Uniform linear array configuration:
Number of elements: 4
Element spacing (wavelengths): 0.25
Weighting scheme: hamming
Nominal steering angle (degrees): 0
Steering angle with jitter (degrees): -1.071
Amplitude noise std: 0.05
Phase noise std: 0.05

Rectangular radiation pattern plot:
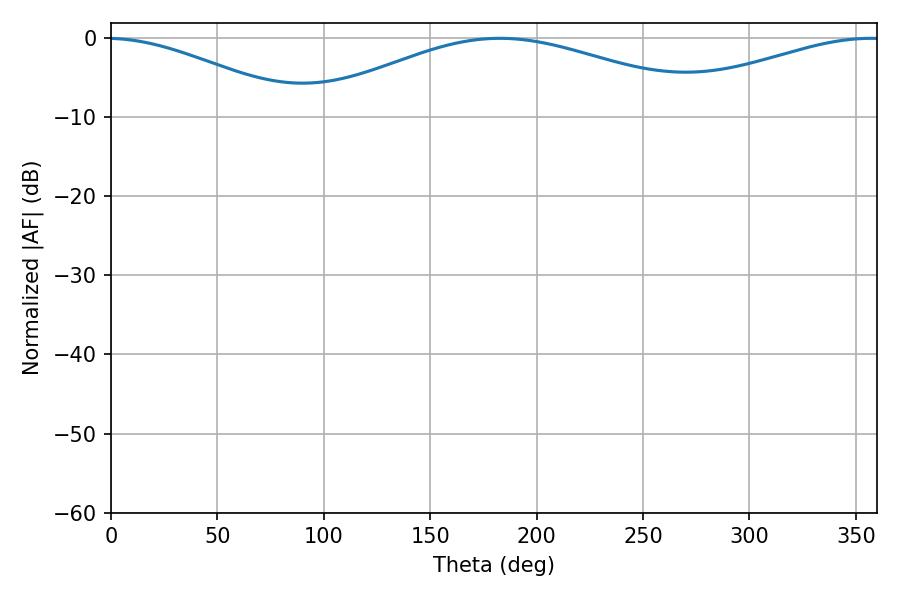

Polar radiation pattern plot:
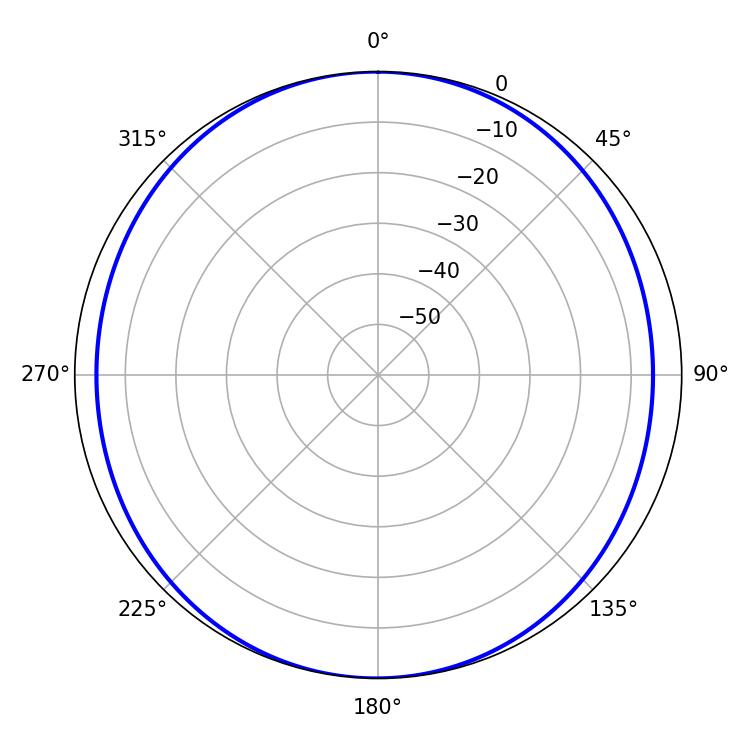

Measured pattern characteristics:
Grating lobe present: FALSE
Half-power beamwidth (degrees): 104.22
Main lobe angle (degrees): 182.7